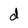
Character: d